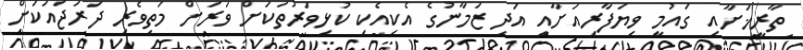
ތާރީޚަށާއި ގައުމީ ވިޔަފާރިއަށާއި އަދި ޒަމާނުގެ އެކިއެކި ކުޅިވަރުތަކަށް ވަރަށް މަތިވެރި ދަރަޖައަކަށް